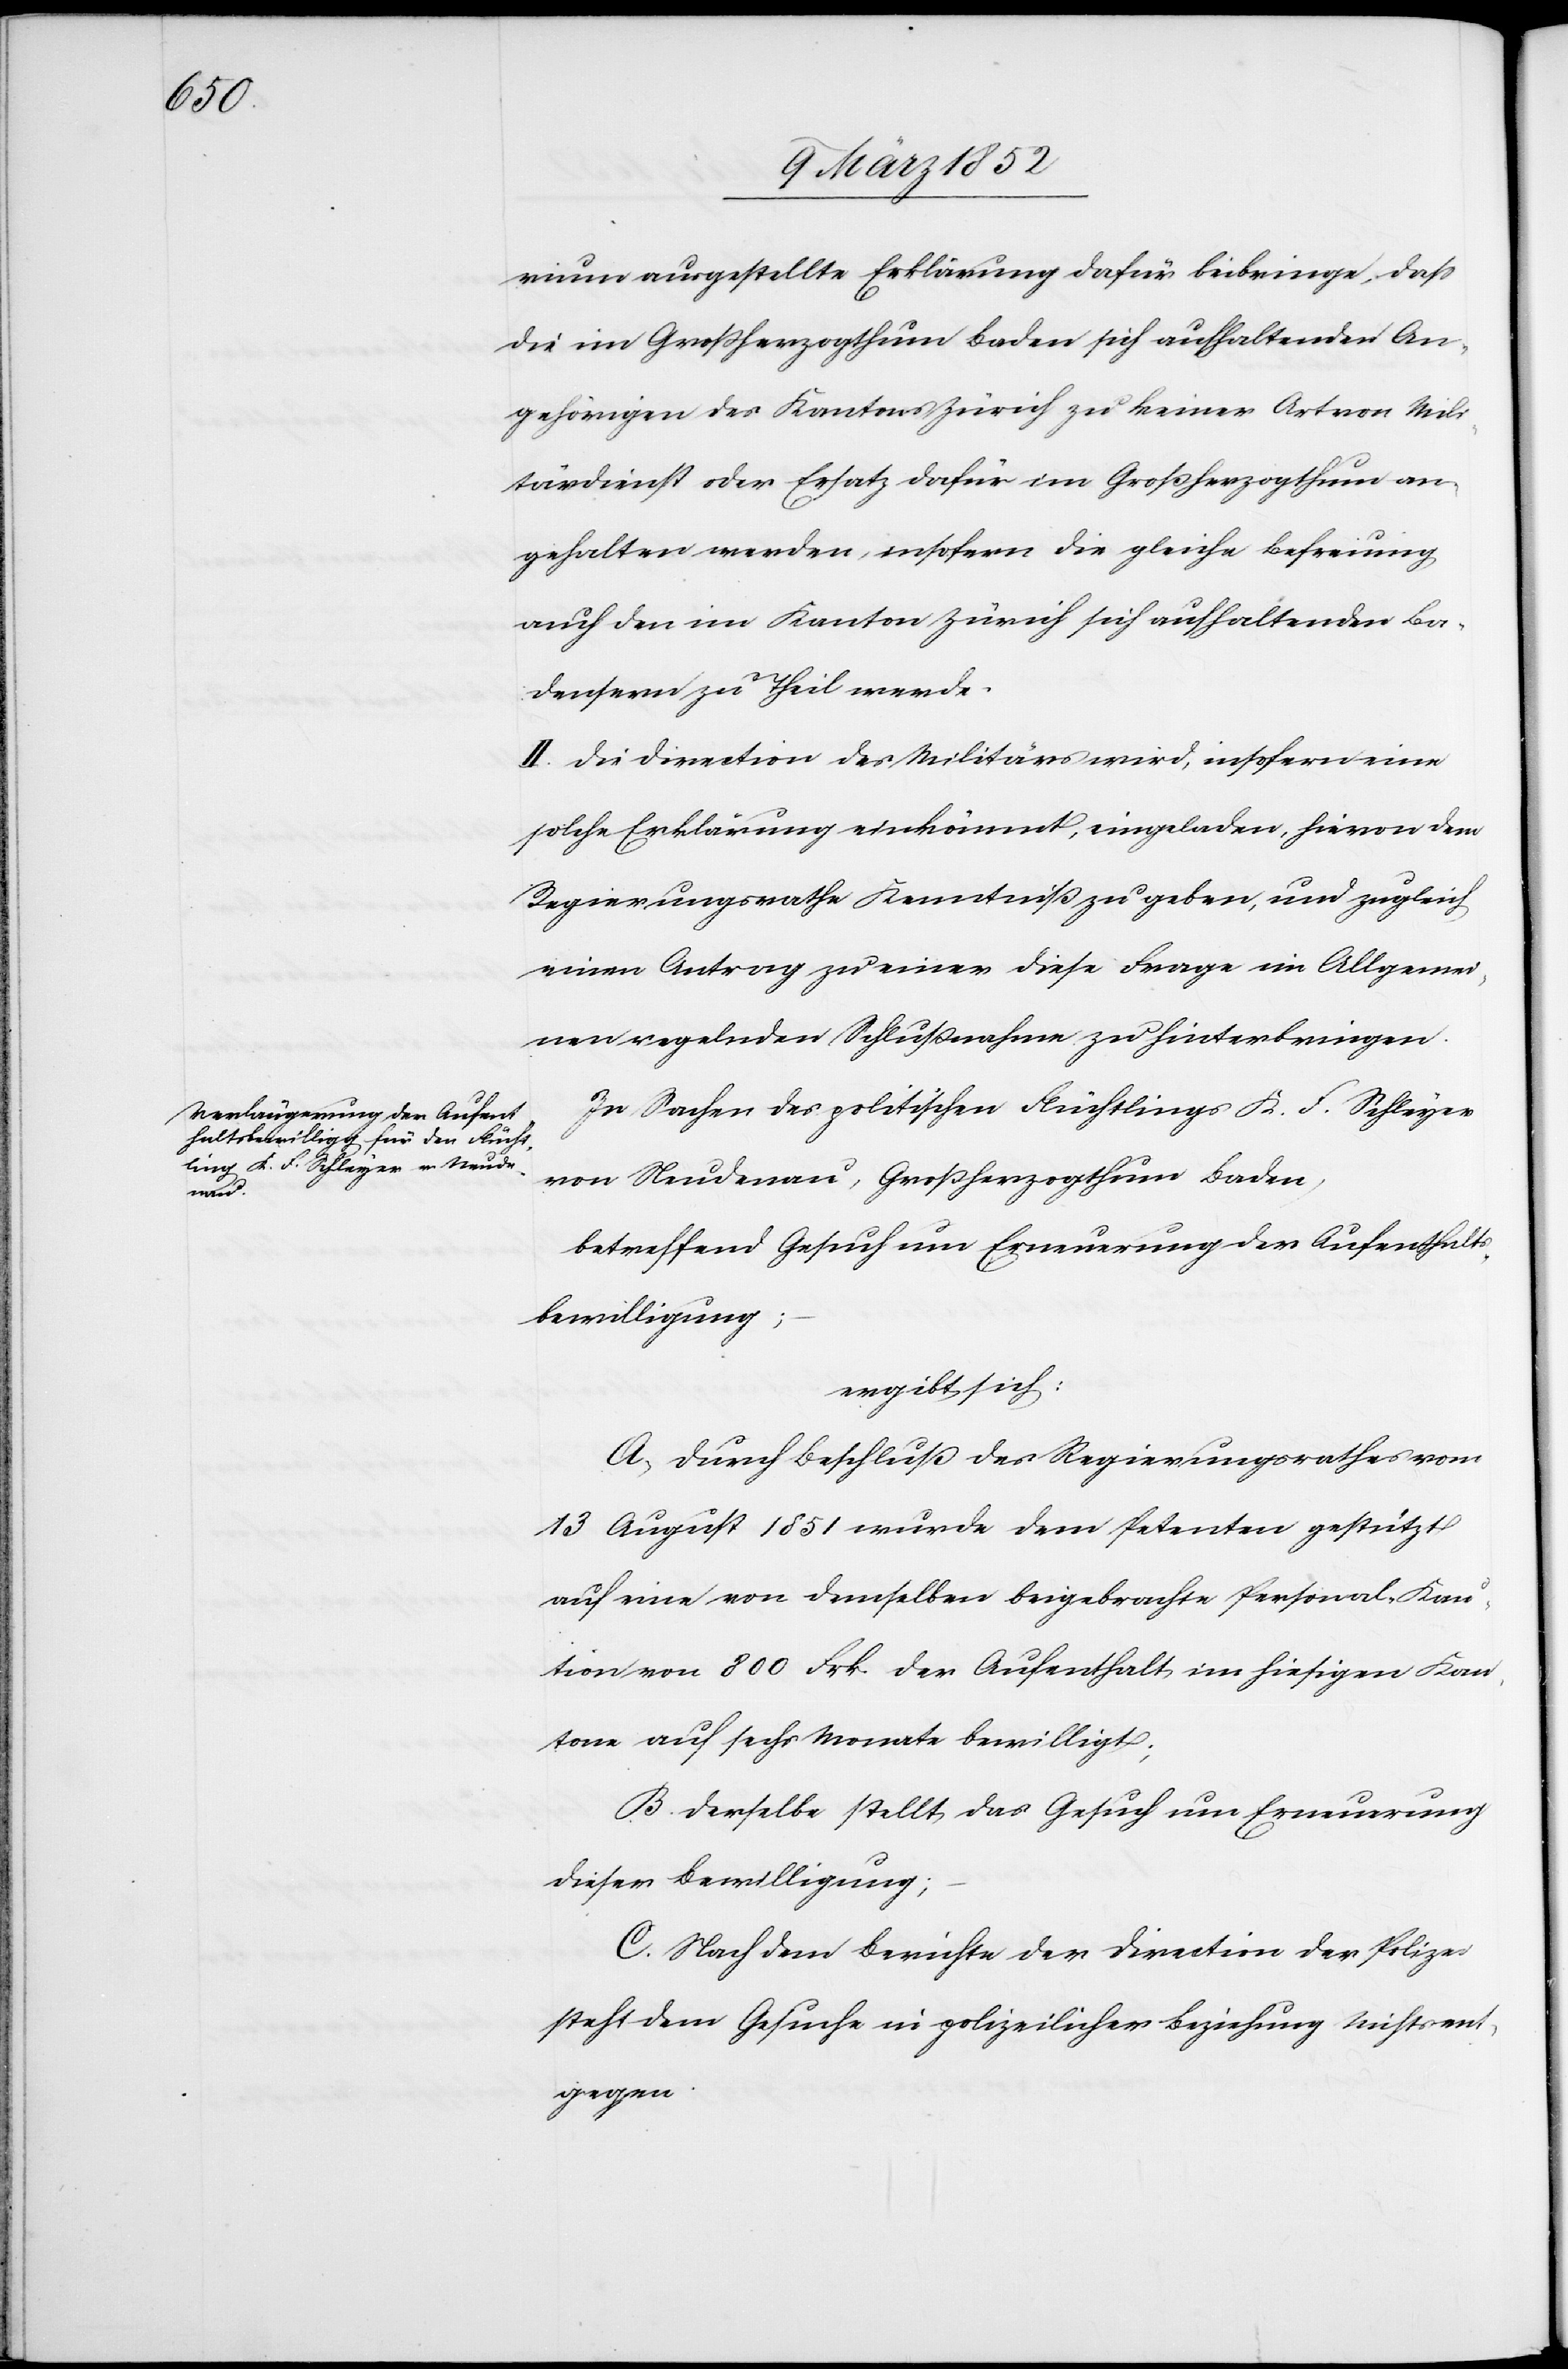
ium ausgestellte Erklärung dafür beibringe, daß
die im Großherzogthum Baden sich aufhaltenden An¬
gehörigen des Kantons Zürich zu keiner Art von Mili¬
tärdienst oder Ersatz dafür im Großherzogthum an¬
gehalten werden, insofern die gleiche Befreiung
auch den im Kanton Zürich sich aufhaltenden Ba¬
denser zu Theil werde.
II. Die Direction des Militärs wird, insofern eine
solche Erklärung einkömmt, eingeladen, hievon dem
Regierungsrathe Kenntniß zu geben, und zugleich
einen Antrag zu einer diese Frage im Allgemei¬
nen regelnden Schlußnahme zu hinterbringen.
In Sachen des politischen Flüchtlings K. F. Schleyer
von Neudenau, Großherzogthum Baden,
betreffend Gesuch um Erneuerung der Aufenthalts¬
bewilligung;
ergibt sich:
A. Durch Beschluß des Regierungsrathes vom
13 August 1851 wurde dem Petenten gestützt
auf eine von demselben beigebrachte Personal-Kau¬
tion von 800 Frk. der Aufenthalt im hiesigen Kan¬
tone auf sechs Monate bewilligt;
B. Derselbe stellt das Gesuch um Erneuerung
dieser Bewilligung;
C. Nach dem Berichte der Direction der Polizei
steht dem Gesuche in polizeilicher Beziehung nichts ent¬
gegen.